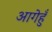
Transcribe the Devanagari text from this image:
आगेहुँ